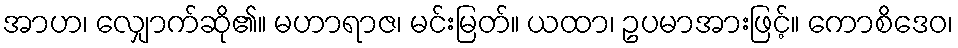
အာဟ၊ လျှောက်ဆို၏။ မဟာရာဇ၊ မင်းမြတ်။ ယထာ၊ ဥပမာအားဖြင့်။ ကောစိဒေဝ၊